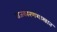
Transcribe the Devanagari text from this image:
राजकारणशास्त्रात